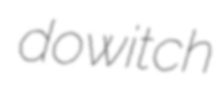
dowitch